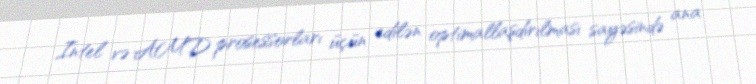
Intel və AMD prosessorları üçün edilən optimallaşdırılması sayəsində ana